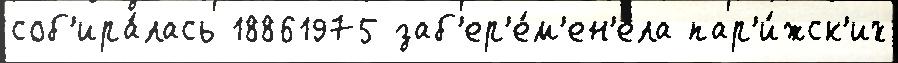
соб'ира́лась 18861975 заб'ер'е́м'ен'ела пар'и́жск'их